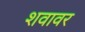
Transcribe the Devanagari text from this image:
शवावर